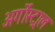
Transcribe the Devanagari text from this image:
अर्गोस्ट्राल